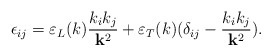
\begin{align*}\epsilon_{ij}=\varepsilon_L(k){k_ik_j\over{\bf k}^2}+\varepsilon_T(k)(\delta_{ij}-{k_ik_j\over{\bf k}^2}).\end{align*}